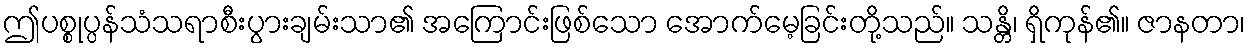
ဤပစ္စုပ္ပန်သံသရာစီးပွားချမ်းသာ၏ အကြောင်းဖြစ်သော အောက်မေ့ခြင်းတို့သည်။ သန္တိ၊ ရှိကုန်၏။ ဇာနတာ၊